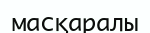
масқаралы